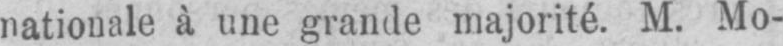
nationale à une grande majorité. M. Mo-